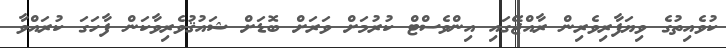
ކުވެއިތުގެ ވިޔަފާރިވެރިން ރާއްޖޭގައި އިންވެސްޓް ކުރުމަށް ވަރަށް ބޮޑަށް ޝައުޤުވެރިވާކަން ފާހަގަ ކުރައްވާ